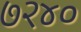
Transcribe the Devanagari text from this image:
७२४०